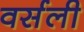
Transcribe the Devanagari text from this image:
वर्सली